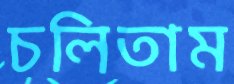
চলিতাম